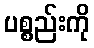
ပစ္စည်းကို